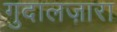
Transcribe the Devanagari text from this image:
गुदालज़ारा